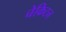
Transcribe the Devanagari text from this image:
चेकिटन